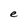
Character: e